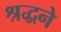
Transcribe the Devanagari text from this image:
श्रद्धने